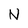
Character: N